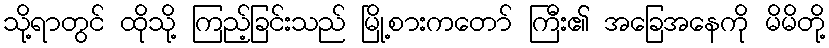
သို့ရာတွင် ထိုသို့ ကြည့်ခြင်းသည် မြို့စားကတော် ကြီး၏ အခြေအနေကို မိမိတို့